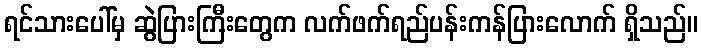
ရင်သားပေါ်မှ ဆွဲပြားကြီးတွေက လက်ဖက်ရည်ပန်းကန်ပြားလောက် ရှိသည်။